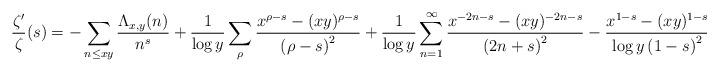
LaTeX: \begin{align*}\frac{\zeta'}{\zeta}(s) = -\sum_{n\leq xy}\frac{\Lambda_{x,y}(n)}{n^s} + \frac{1}{\log{y}}\sum_{\rho}\frac{x^{\rho-s}-(xy)^{\rho-s}}{\left(\rho-s\right)^{2}} + \frac{1}{\log{y}}\sum_{n=1}^{\infty}\frac{x^{-2n-s}-(xy)^{-2n-s}}{\left(2n+s\right)^{2}}-\frac{x^{1-s}-(xy)^{1-s}}{\log y\left(1-s\right)^{2}}.\end{align*}